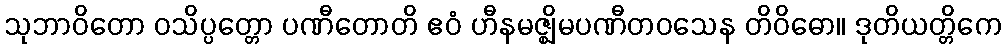
သုဘာဝိတော ဝသိပ္ပတ္တော ပဏီတောတိ ဧဝံ ဟီနမဇ္ဈိမပဏီတဝသေန တိဝိဓော။ ဒုတိယတ္တိကေ